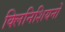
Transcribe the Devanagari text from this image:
क्लिनिशियनों